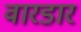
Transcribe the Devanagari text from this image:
वारडार